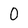
Character: 0